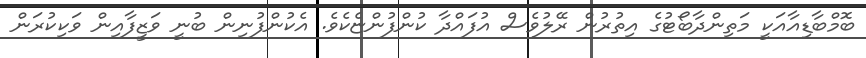
ބޮމްބާޑިއާއަކީ މަތިންދާބޯޓުގެ އިތުރުން ރޭލުވެސް އުފައްދާ ކުންފުންޏެކެވެ. އެކުންފުނިން ބުނީ ވަޒީފާއިން ވަކިކުރަން